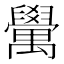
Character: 𮂮